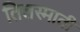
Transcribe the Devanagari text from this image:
तिलस्माती